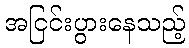
အငြင်းပွားနေသည့်